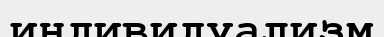
индивидуализм